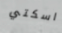
اسكتي